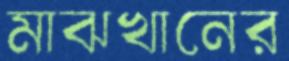
মাঝখানের